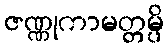
ဇဏ္ဏုကာမတ္တမ္ပိ